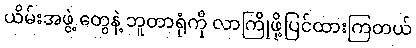
ယိမ်းအဖွဲ့ တွေနဲ့ ဘူတာရုံကို လာကြိုဖို့ပြင်ထားကြတယ်